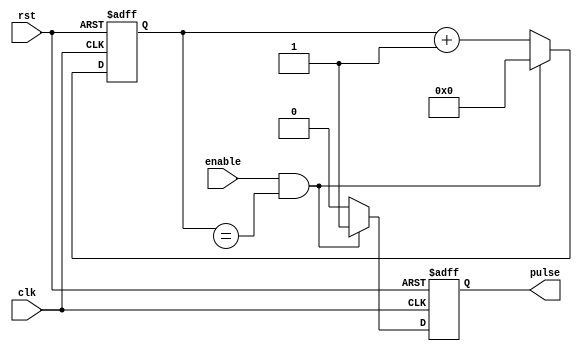
module pulse_generator (
    input wire clk, // Clock signal
    input wire rst, // Reset signal
    input wire enable, // Enable signal
    output reg pulse // Output pulse signal
);

reg [7:0] counter; // Counter for generating pulse width
reg [15:0] interval; // Interval for generating pulses
reg sync_pulse; // Synchronized pulse signal

always @(posedge clk or posedge rst) begin
    if (rst) begin
        counter <= 8'b0;
        pulse <= 1'b0;
        sync_pulse <= 1'b0;
    end else begin
        if (enable && (counter == interval)) begin
            counter <= 8'b0;
            pulse <= 1'b1;
            sync_pulse <= 1'b1;
        end else begin
            counter <= counter + 1;
            pulse <= 1'b0;
            sync_pulse <= 1'b0;
        end
    end
end

endmodule